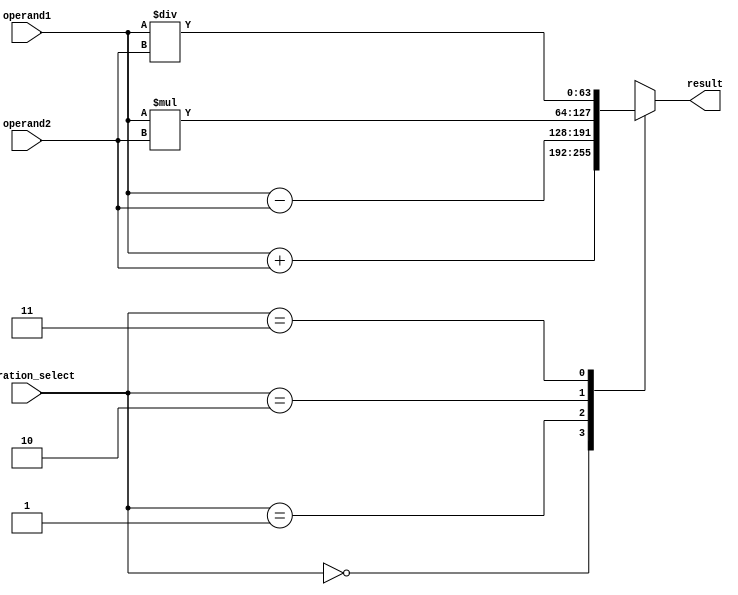
module double_precision_fpu
(
    input [63:0] operand1,
    input [63:0] operand2,
    input [1:0] operation_select, // 00: addition, 01: subtraction, 10: multiplication, 11: division
    output reg [63:0] result
);

reg [63:0] intermediate_value1;
reg [63:0] intermediate_value2;

always @ (operand1 or operand2 or operation_select)
begin
    case(operation_select)
        2'b00: // addition
            begin
                intermediate_value1 = operand1 + operand2;
                result = intermediate_value1;
            end
        2'b01: // subtraction
            begin
                intermediate_value1 = operand1 - operand2;
                result = intermediate_value1;
            end
        2'b10: // multiplication
            begin
                intermediate_value1 = operand1 * operand2;
                result = intermediate_value1;
            end
        2'b11: // division
            begin
                intermediate_value1 = operand1 / operand2;
                result = intermediate_value1;
            end
        default:
            begin
                result = 64'hXXXXXXXXXXXXXXXX; // Handles error case
            end
    endcase
end

endmodule